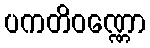
ပကတိဝဏ္ဏော